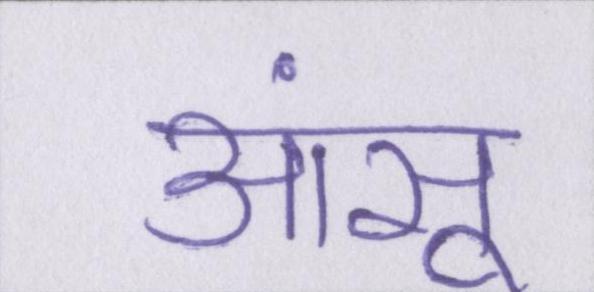
आंसू